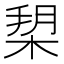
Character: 𣓞